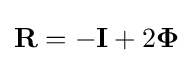
\mathbf {R} =-\mathbf {I} +2\mathbf {\Phi }